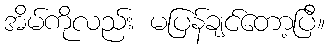
အိမ်ကိုလည်း မပြန်ချင်တော့ပြီ။